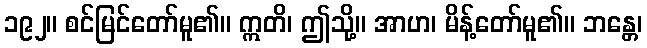
၁၉၂။ စင်မြင်တော်မူ၏။ ဣတိ၊ ဤသို့။ အာဟ၊ မိန့်တော်မူ၏။ ဘန္တေ၊